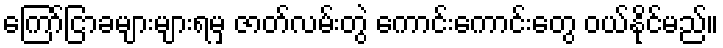
ကြော်ငြာခများများရမှ ဇာတ်လမ်းတွဲ ကောင်းကောင်းတွေ ဝယ်နိုင်မည်။